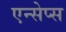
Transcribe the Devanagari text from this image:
एन्सेप्स